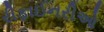
રીફાઈનરીઓ